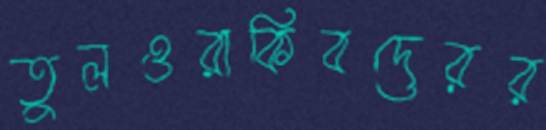
তুলওরাকিবদেরর